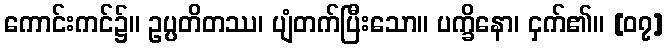
ကောင်းကင်၌။ ဥပ္ပတိတဿ၊ ပျံတက်ပြီးသော။ ပက္ခိနော၊ ငှက်၏။ [၀၇]